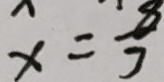
x = \frac { 8 } { 3 }